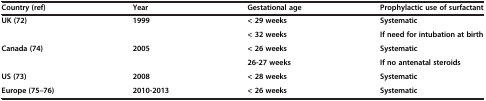
<table><thead><tr><td><b>Country (ref)</b></td><td><b>Year</b></td><td><b>Gestational age</b></td><td><b>Prophylactic use of surfactant</b></td></tr></thead><tbody><tr><td rowspan="2"><b>UK (72)</b></td><td rowspan="2"><b>1999</b></td><td><b>&lt; 29 weeks</b></td><td><b>Systematic</b></td></tr><tr><td><b>&lt; 32 weeks</b></td><td><b>If need for intubation at birth</b></td></tr><tr><td rowspan="2"><b>Canada (74)</b></td><td rowspan="2"><b>2005</b></td><td><b>&lt; 26 weeks</b></td><td><b>Systematic</b></td></tr><tr><td><b>26-27 weeks</b></td><td><b>If no antenatal steroids</b></td></tr><tr><td><b>US (73)</b></td><td><b>2008</b></td><td><b>&lt; 28 weeks</b></td><td><b>Systematic</b></td></tr><tr><td><b>Europe (75–76)</b></td><td><b>2010-2013</b></td><td><b>&lt; 26 weeks</b></td><td><b>Systematic</b></td></tr></tbody></table>